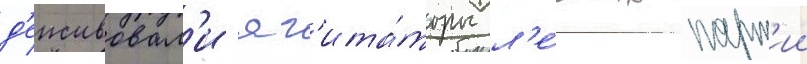
д'еиствовал'и аг'ита́торы л'е́вых парт'ии